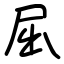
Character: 屈